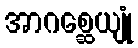
အာဂစ္ဆေယျုံ